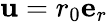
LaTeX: \mathbf{u}=r_{0}\mathbf{e}_{r}